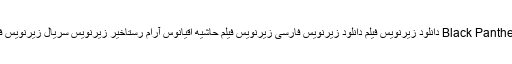
زیرنویس Black Panther زیرنویس فیلم Black Panther دانلود زیرنویس فیلم دانلود زیرنویس فارسی زیرنویس فیلم حاشیه اقیانوس آرام رستاخیر زیرنویس سریال زیرنویس فارسی دانلود زیرنویس زیرنویس فیلم زیرنویس